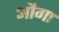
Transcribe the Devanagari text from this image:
औंगा